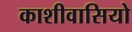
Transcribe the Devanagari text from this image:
काशीवासियो